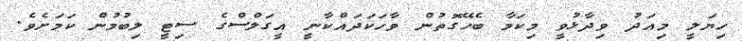
ހިޔަލީ މިއަދު ވިދާޅުވީ މިކަމާ ބެހޭގޮތުން ވާހަކަދައްކާނީ އީގަލްސްގެ ސިޓީ ލިބުމުން ކަމަށެވެ.